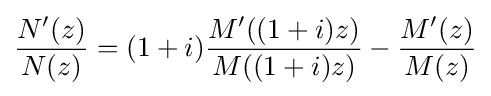
{\frac {N'(z)}{N(z)}}=(1+i){\frac {M'((1+i)z)}{M((1+i)z)}}-{\frac {M'(z)}{M(z)}}